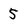
Character: 5